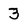
Character: 3